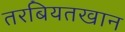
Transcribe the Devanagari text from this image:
तरबियतखान